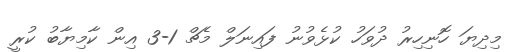
މިދިޔަ ހޮނިހިރު ދުވަހު ކުޅެވުނު ފައިނަލް މެޗް 1-3 އިން ކާމިޔާބު ކުރީ